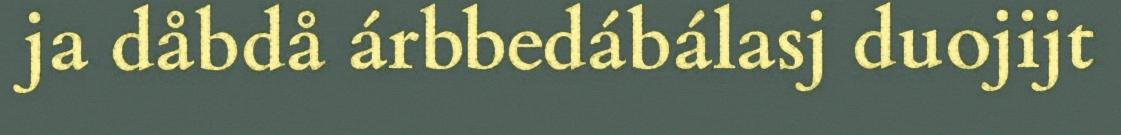
ja dåbdå árbbedábálasj duojijt